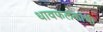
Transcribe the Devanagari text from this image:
धावफलकांची